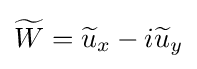
{\widetilde {W}}={\widetilde {u}}_{x}-i{\widetilde {u}}_{y}